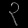
Digit: ၃